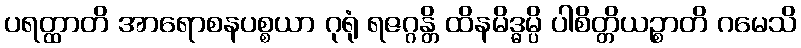
ပရတ္ထာတိ အာရောစနပစ္စယာ ဂုရုံ ရဇဂ္ဂန္တိ ထိနမိဒ္ဓမ္ပိ ပါစိတ္တိယဉ္စာတိ ဂမေသိ